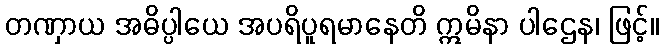
တဏှာယ အဓိပ္ပါယေ အပရိပူရမာနေတိ ဣမိနာ ပါဌေန၊ ဖြင့်။